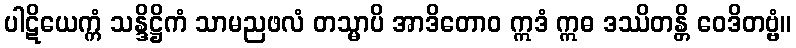
ပါဋိယေက္ကံ သန္ဒိဋ္ဌိကံ သာမညဖလံ တသ္မာပိ အာဒိတောဝ ဣဒံ ဣဓ ဒဿိတန္တိ ဝေဒိတဗ္ဗံ။